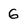
Character: 6